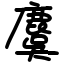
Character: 麌